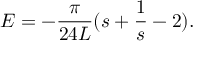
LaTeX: E = - \frac { \pi } { 2 4 L } ( s + \frac { 1 } { s } - 2 ) .